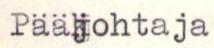
Pääjohtaja